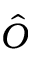
\hat { O }